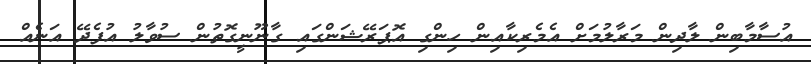
އުސާމާބިން ލާދިން މަރާލުމަށް އެމެރިކާއިން ހިންގި އޮޕަރޭޝަންގައި ގާނޫނީގޮތުން ސުވާލު އުފެދޭ އަނެއް